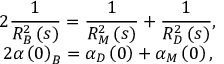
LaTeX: \begin{array} { c } { { \displaystyle 2 \frac 1 { R _ { B } ^ { 2 } \left( s \right) } = \frac 1 { R _ { M } ^ { 2 } \left( s \right) } + \frac 1 { R _ { D } ^ { 2 } \left( s \right) } , } } \\ { { \displaystyle 2 \alpha \left( 0 \right) _ { B } = \alpha _ { D } \left( 0 \right) + \alpha _ { M } \left( 0 \right) , } } \end{array}